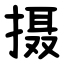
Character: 摄